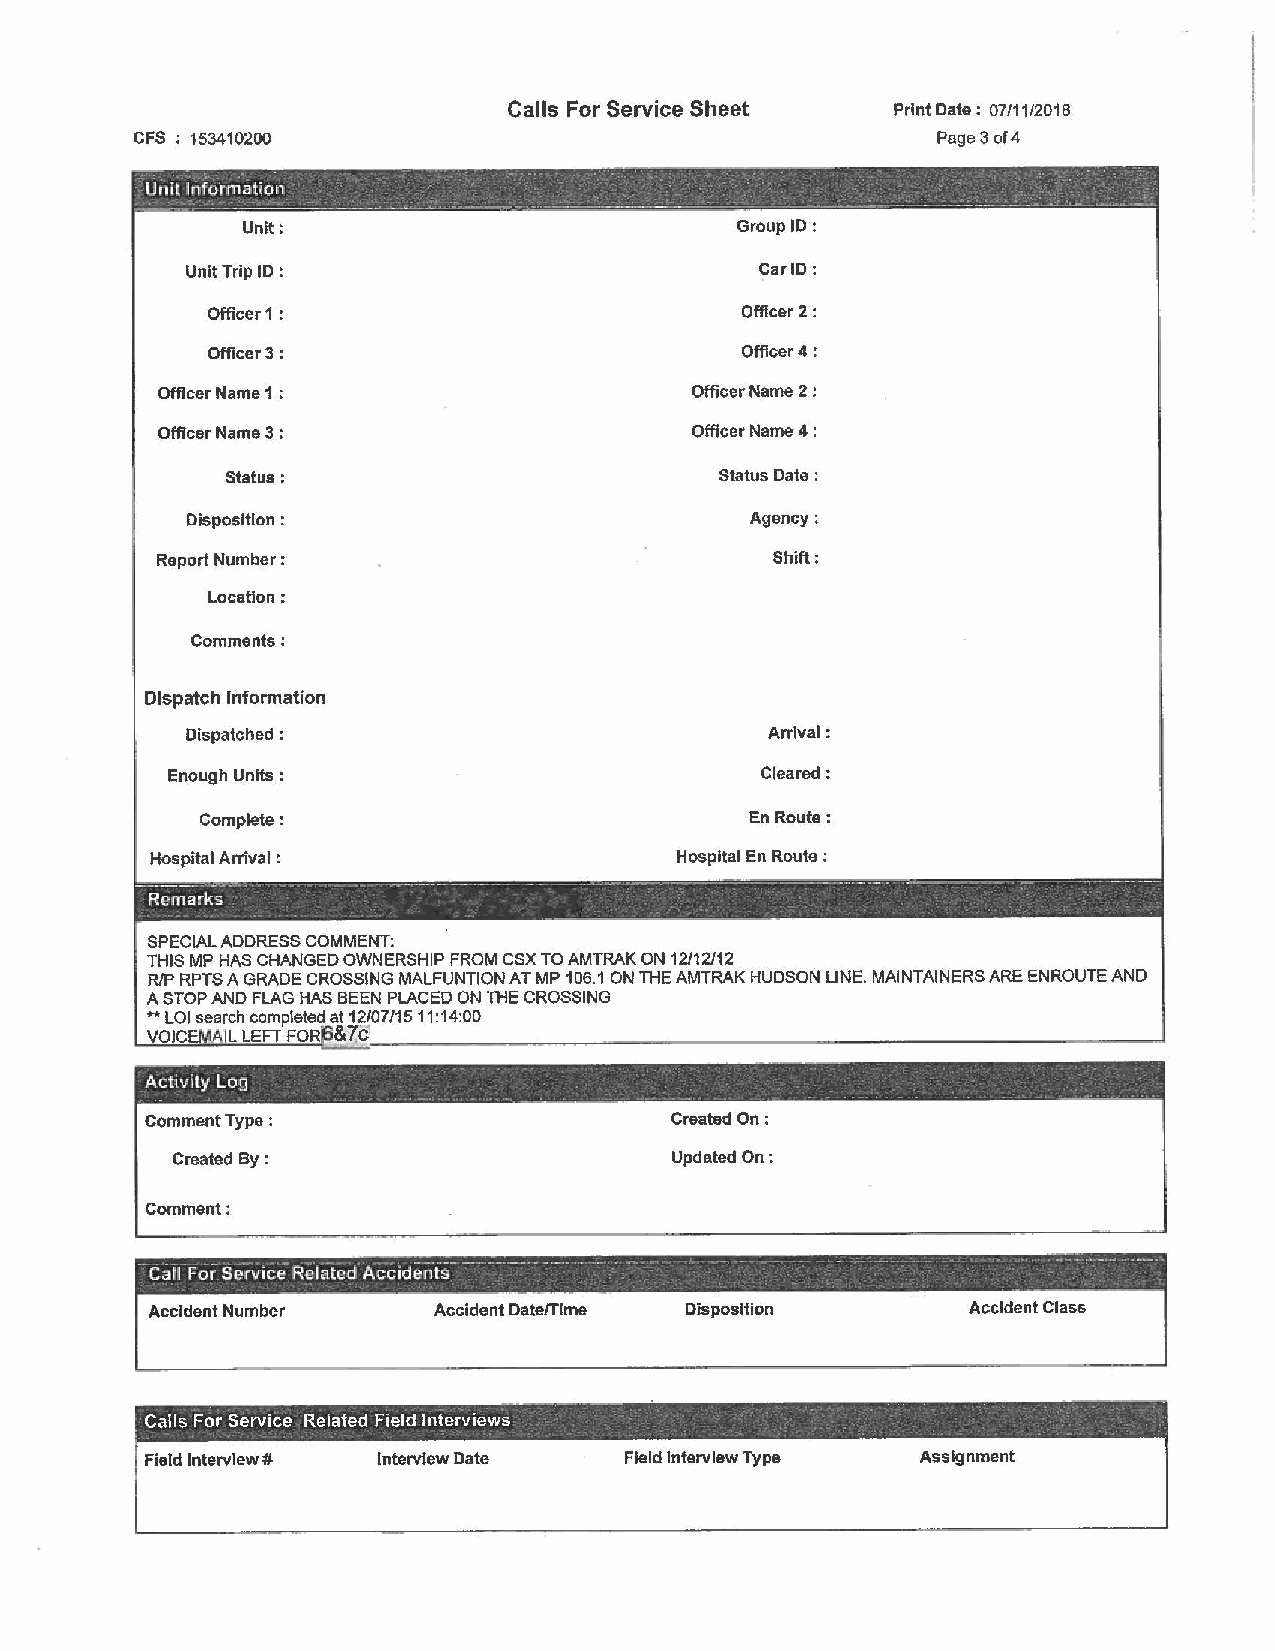
Calls For Service Sheet  Print Date: 07/11/2018
 CFS : 153410200                                      Page 3 of4
 ___
 Unlt.lnform~tio111 - - -- _- ' - - - : ,, , - ·     , -  ·_ - - ·· · - -_
 -__ --· -·., - ---------~~-... - ____ . _. ,_ .. ___ _ ...._....._ .......... ·----- -----~----- ---~-·'
 Unit:                            Group ID:
 Unit Trip ID :                        Car ID:
 Officer1:                          Officer 2:
 Officer 3;                         Officer 4:
 Officer Name 1 :                    Officer Name 2 :
 Officer Name 3 :                    Officer Name 4 :
 Status:                          Status Date :
 Disposition :                         Agency:
 Report Number :                          Shift:
 LocaHon:
 Comments:
 Dispatch Information
 Dispatched :                           Anlval:
 Enough Units :                         Cleared:
 Complete:                            En Route;
 Hospital Arrival :                 Hospital En Route:
 -- - ---·~-- - - ·- . .__ _________ -. --_-__ -..:. .: _____ ·------ - --- -------·--- . -------- - -- -- -
 Remarks
 SPECIAL ADDRESS COMMENT:
 THIS MP HAS CHANGED OWNERSHIP FROM CSX TO AMTRAK ON 12/12/12
 RIP RPTS A GRADE CROSSING MALFUNTION AT MP 106.1 ON THE AMTRAK HUDSON LINE. MAINTAINERS ARE ENROUTE AND
 A STOP AND FLAG HAS BEEN PLACED ON THE CROSSING
 ** LOI search completed at 12/07/1511:14:00
 VOICE L LEFT FOR &7c
 -  - -
 Activity Log
 -                   - .            .       - . '------- - -· . .
 Comment Type :                    Created On:
 Created By:                      Updated On:
 Comment:
 Service
 --Cafi'For Rel,atod Acciderits---- ----· --_.. . .. -- - .. - - -- - - -- ----· - - - _,,_ .. -- -·-·.
 Accident Number    Accident Date/Time Disposition     Accident Class
 Calls For Service Related Field Interviews
 -                            -
 Field Interview # Interview Date Field Interview Type Assignment